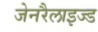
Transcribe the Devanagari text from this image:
जेनरैलाइज्ड